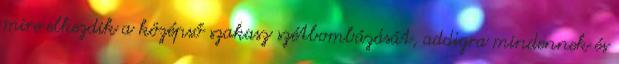
mire elkezdik a középső szakasz szétbombázását, addigra mindennek és